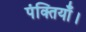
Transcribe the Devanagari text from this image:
पंक्तियाँ।